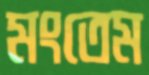
মংতেম